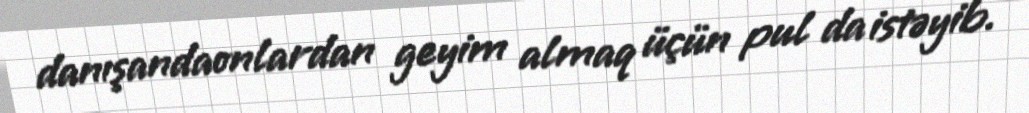
danışandaonlardan geyim almaq üçün pul da istəyib.